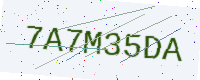
Text: 7A7M35DA